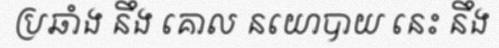
ប្រឆាំង នឹង គោល នយោបាយ នេះ នឹង